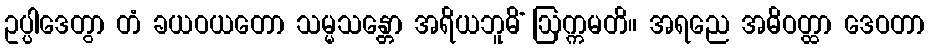
ဥပ္ပါဒေတွာ တံ ခယဝယတော သမ္မသန္တော အရိယဘူမိံ ဩက္ကမတိ။ အရညေ အဓိဝတ္ထာ ဒေဝတာ